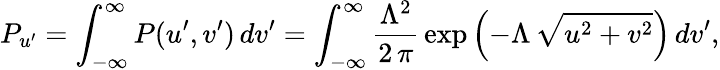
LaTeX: P_{u^{\prime}}=\int_{-\infty}^{\infty}P(u^{\prime},v^{\prime})\, dv^{\prime}=\int_{-\infty}^{\infty}\frac{\Lambda^{2}}{2\, \pi}\, \exp{\left(-\Lambda\, \sqrt{u^{2}+v^{2}}\right)}\, dv^{\prime},